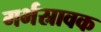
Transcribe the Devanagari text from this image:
गर्भस्रावक